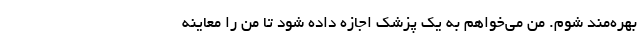
بهره‌مند شوم. من می‌خواهم به یک پزشک اجازه داده شود تا من را معاینه